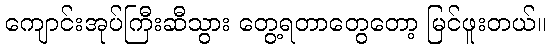
ကျောင်းအုပ်ကြီးဆီသွား တွေ့ရတာတွေတော့ မြင်ဖူးတယ်။